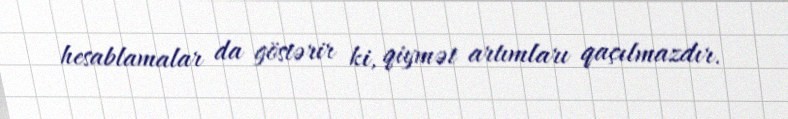
hesablamalar da göstərir ki, qiymət artımları qaçılmazdır.